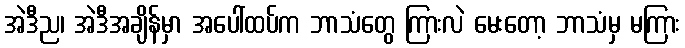
အဲဒီည၊ အဲဒီအချိန်မှာ အပေါ်ထပ်က ဘာသံတွေ ကြားလဲ မေးတော့ ဘာသံမှ မကြား